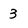
Character: 3